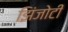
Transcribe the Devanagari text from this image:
झिंजोटी